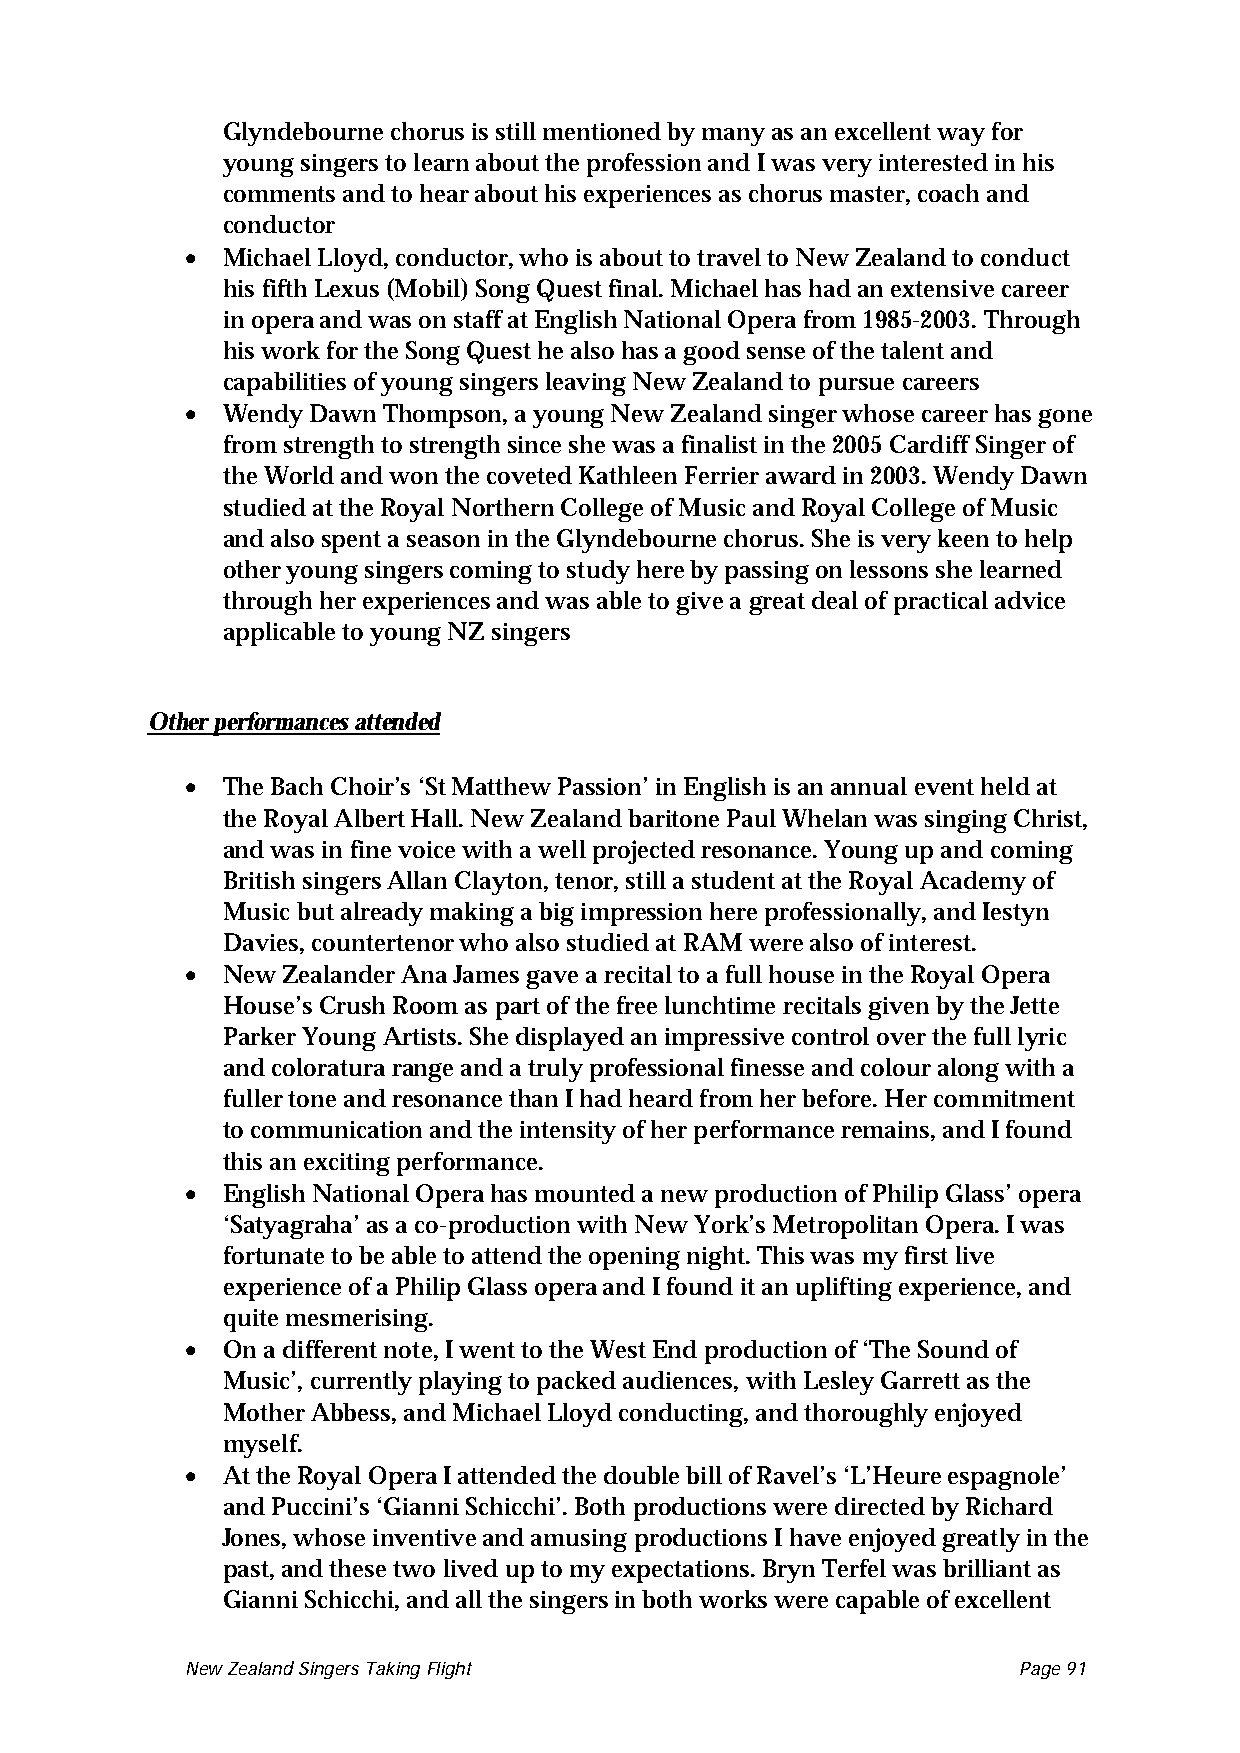
Glyndebourne chorus is still mentioned by many as an excellent way for
 young singers to learn about the profession and I was very interested in his
 comments and to hear about his experiences as chorus master, coach and
 conductor
 •
 Michael Lloyd, conductor, who is about to travel to New Zealand to conduct
 his fifth Lexus (Mobil) Song Quest final. Michael has had an extensive career
 in opera and was on staff at English National Opera from 1985-2003. Through
 his work for the Song Quest he also has a good sense of the talent and
 capabilities of young singers leaving New Zealand to pursue careers
 •
 Wendy Dawn Thompson, a young New Zealand singer whose career has gone
 from strength to strength since she was a finalist in the 2005 Cardiff Singer of
 the World and won the coveted Kathleen Ferrier award in 2003. Wendy Dawn
 studied at the Royal Northern College of Music and Royal College of Music
 and also spent a season in the Glyndebourne chorus. She is very keen to help
 other young singers coming to study here by passing on lessons she learned
 through her experiences and was able to give a great deal of practical advice
 applicable to young NZ singers
 Other performances attended
 •
 The Bach Choir’s ‘St Matthew Passion’ in English is an annual event held at
 the Royal Albert Hall. New Zealand baritone Paul Whelan was singing Christ,
 and was in fine voice with a well projected resonance. Young up and coming
 British singers Allan Clayton, tenor, still a student at the Royal Academy of
 Music but already making a big impression here professionally, and Iestyn
 Davies, countertenor who also studied at RAM were also of interest.
 •
 New Zealander Ana James gave a recital to a full house in the Royal Opera
 House’s Crush Room as part of the free lunchtime recitals given by the Jette
 Parker Young Artists. She displayed an impressive control over the full lyric
 and coloratura range and a truly professional finesse and colour along with a
 fuller tone and resonance than I had heard from her before. Her commitment
 to communication and the intensity of her performance remains, and I found
 this an exciting performance.
 •
 English National Opera has mounted a new production of Philip Glass’ opera
 ‘Satyagraha’ as a co-production with New York’s Metropolitan Opera. I was
 fortunate to be able to attend the opening night. This was my first live
 experience of a Philip Glass opera and I found it an uplifting experience, and
 quite mesmerising.
 •
 On a different note, I went to the West End production of ‘The Sound of
 Music’, currently playing to packed audiences, with Lesley Garrett as the
 Mother Abbess, and Michael Lloyd conducting, and thoroughly enjoyed
 myself.
 •
 At the Royal Opera I attended the double bill of Ravel’s ‘L’Heure espagnole’
 and Puccini’s ‘Gianni Schicchi’. Both productions were directed by Richard
 Jones, whose inventive and amusing productions I have enjoyed greatly in the
 past, and these two lived up to my expectations. Bryn Terfel was brilliant as
 Gianni Schicchi, and all the singers in both works were capable of excellent
 New Zealand Singers Taking Flight Page 91